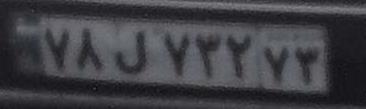
۷۸ل۷۳۲۷۳